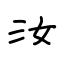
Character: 汝